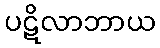
ပဋိလာဘာယ